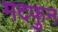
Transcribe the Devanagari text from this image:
मदफुन